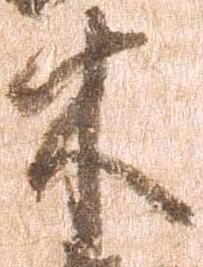
木